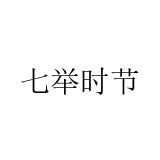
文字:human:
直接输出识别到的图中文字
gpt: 七举时节